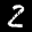
Label: 2